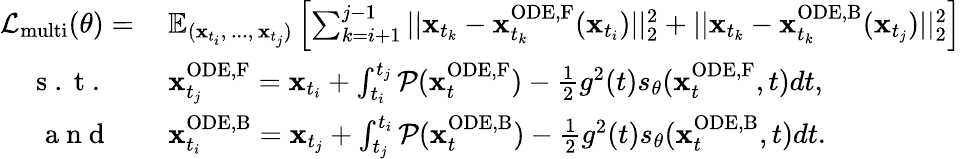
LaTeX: \begin{array}{rl}{\mathcal{L}_{\mathrm{multi}}(\theta)=\: }&{{}\mathbb{E}_{(\mathbf{x}_{t_{i}},\, ...,\, \mathbf{x}_{t_{j}})}\left[\sum_{k=i+1}^{j-1}||\mathbf{x}_{t_{k}}-\mathbf{x}_{t_{k}}^{\mathrm{ODE,F}}(\mathbf{x}_{t_{i}})||_{2}^{2}+||\mathbf{x}_{t_{k}}-\mathbf{x}_{t_{k}}^{\mathrm{ODE,B}}(\mathbf{x}_{t_{j}})||_{2}^{2}\right]}\\ {\mathrm{~s~.~t~.~}\quad}&{{}\mathbf{x}_{t_{j}}^{\mathrm{ODE,F}}=\mathbf{x}_{t_{i}}+\int_{t_{i}}^{t_{j}}\mathcal{P}(\mathbf{x}_{t}^{\mathrm{ODE,F}})-\frac{1}{2}g^{2}(t)s_{\theta}(\mathbf{x}_{t}^{\mathrm{ODE,F}},t)dt,}\\ {\mathrm{~a~n~d~}\quad}&{{}\mathbf{x}_{t_{i}}^{\mathrm{ODE,B}}=\mathbf{x}_{t_{j}}+\int_{t_{j}}^{t_{i}}\mathcal{P}(\mathbf{x}_{t}^{\mathrm{ODE,B}})-\frac{1}{2}g^{2}(t)s_{\theta}(\mathbf{x}_{t}^{\mathrm{ODE,B}},t)dt.}\end{array}